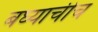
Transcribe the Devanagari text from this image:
बघ्याचीच